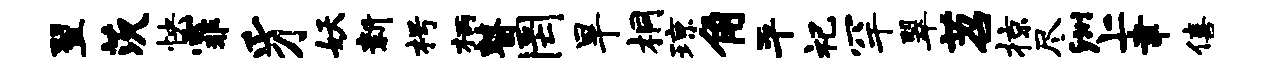
翌茨怏霏豸妖新枵柄瞽罔旱桐琼角平祀罕翠苕掠尽洲上聿僖